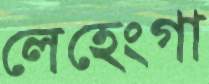
লেহেংগা